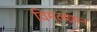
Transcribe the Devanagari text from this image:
विमलज्ञान